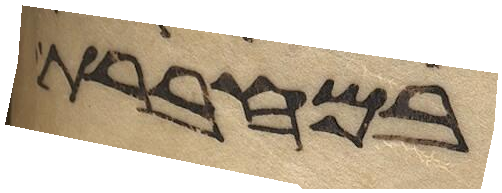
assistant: במחברת